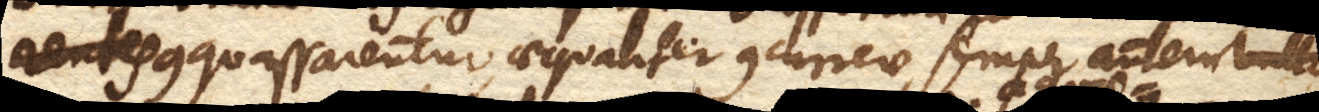
rentes conquassarentur, aequaliter concurrere, semper autem bullam